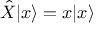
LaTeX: { \hat { X } } | x \rangle = x | x \rangle